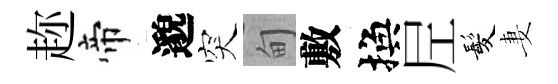
趂帝邈突甸敷換𡰱髪妻